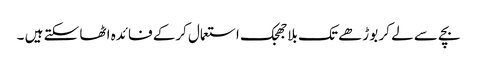
بچے سے لے کر بوڑھے تک بلاجھجک استعمال کرکے فائدہ اٹھا سکتے ہیں ۔